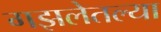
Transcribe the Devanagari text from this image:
गझलेतल्या